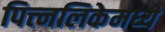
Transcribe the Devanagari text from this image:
पित्त्नलिकेमध्ये